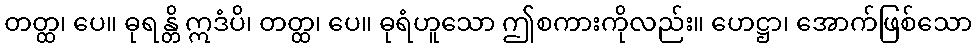
တတ္ထ၊ ပေ။ ဓုရန္တိ ဣဒံပိ၊ တတ္ထ၊ ပေ။ ဓုရံဟူသော ဤစကားကိုလည်း။ ဟေဋ္ဌာ၊ အောက်ဖြစ်သော